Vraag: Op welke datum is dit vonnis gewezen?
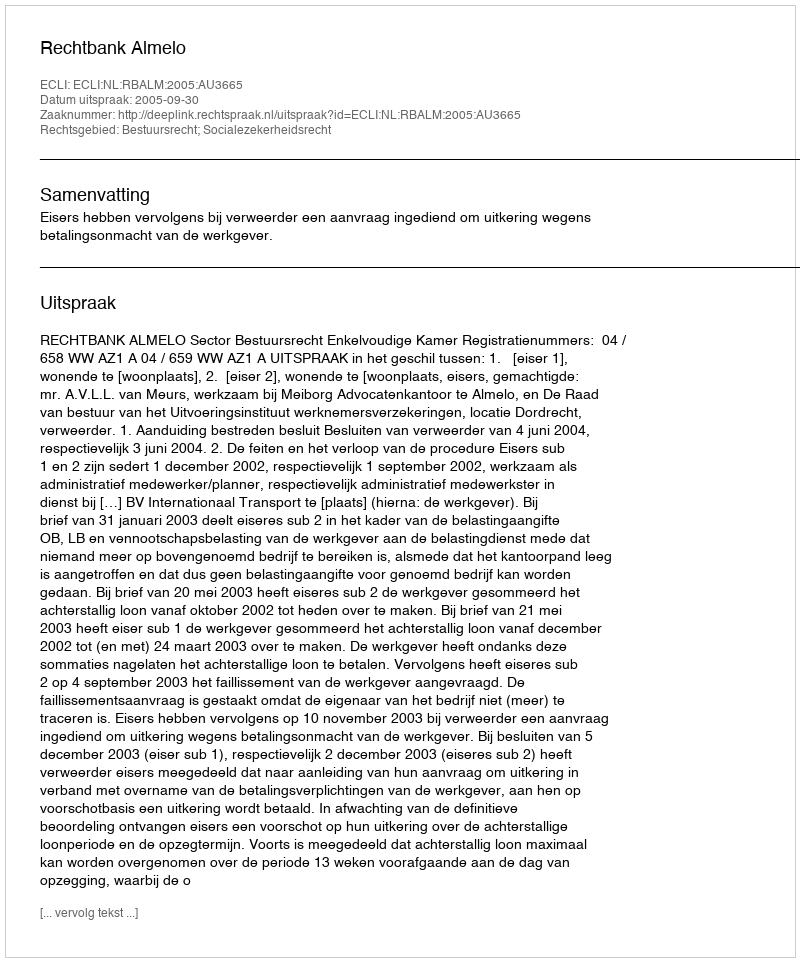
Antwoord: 2005-09-30